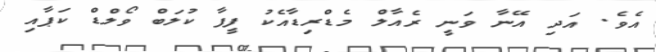
އެވެ. އަދި އޭނާ ވަނީ ރެއާލް މެޑްރިޑާއެކު ފީފާ ކުލަބް ވޯލްޑް ކަޕާއި